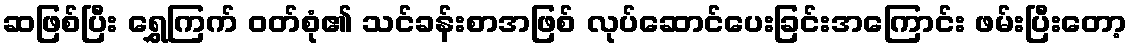
ဆဖြစ်ပြီး ရွှေကြက် ဝတ်စုံ၏ သင်ခန်းစာအဖြစ် လုပ်ဆောင်ပေးခြင်းအကြောင်း ဖမ်းပြီးတော့